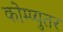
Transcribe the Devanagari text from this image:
कोम्प्युतर